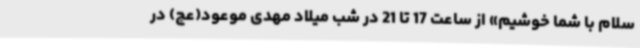
سلام با شما خوشیم» از ساعت 17 تا 21 در شب میلاد مهدی موعود(عج) در